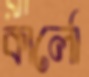
কার্লো